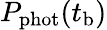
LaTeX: P_{\mathrm{phot}}(t_{\mathrm{b}})